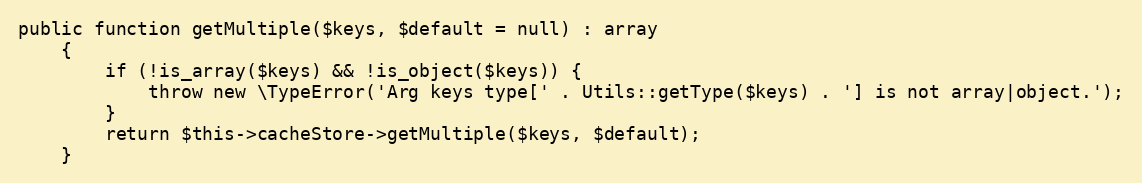
Language: PHP
public function getMultiple($keys, $default = null) : array
    {
        if (!is_array($keys) && !is_object($keys)) {
            throw new \TypeError('Arg keys type[' . Utils::getType($keys) . '] is not array|object.');
        }
        return $this->cacheStore->getMultiple($keys, $default);
    }